Civil Veterinary Department. Madras. Admin. report 1926-33 - 1926-1933
Year: 1926
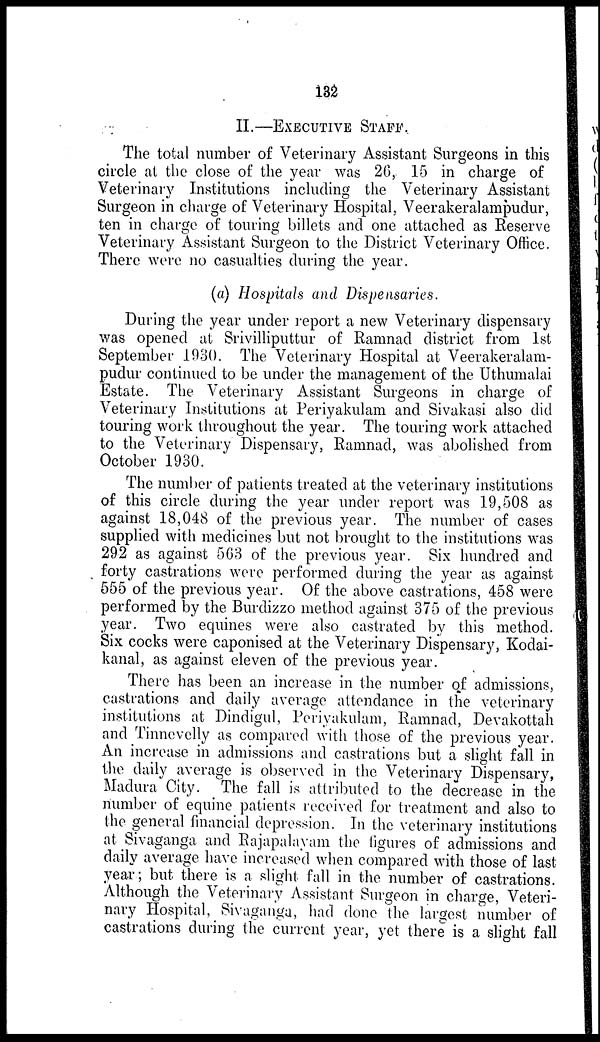
132
II.—EXECUTIVE STAFF.
The total number of Veterinary Assistant Surgeons in this
circle at the close of the year was 26, 15 in charge of
Veterinary Institutions including the Veterinary Assistant
Surgeon in charge of Veterinary Hospital, Veerakeralampudur,
ten in charge of touring billets and one attached as Reserve
Veterinary Assistant Surgeon to the District Veterinary Office.
There were no casualties during the year.
(a) Hospitals and Dispensaries.
During the year under report a new Veterinary dispensary
was opened at Srivilliputtur of Ramnad district from 1st
September 1930. The Veterinary Hospital at Veerakeralam-
pudur continued to be under the management of the Uthumalai
Estate. The Veterinary Assistant Surgeons in charge of
Veterinary Institutions at Periyakulam and Sivakasi also did
touring work throughout the year. The touring work attached
to the Veterinary Dispensary, Ramnad, was abolished from
October 1930.
The number of patients treated at the veterinary institutions
of this circle during the year under report was 19,508 as
against 18,048 of the previous year. The number of cases
supplied with medicines but not brought to the institutions was
292 as against 563 of the previous year. Six hundred and
forty castrations were performed during the year as against
555 of the previous year. Of the above castrations, 458 were
performed by the Burdizzo method against 375 of the previous
year. Two equines were also castrated by this method.
Six cocks were caponised at the Veterinary Dispensary, Kodai-
kanal, as against eleven of the previous year.
There has been an increase in the number of admissions,
castrations and daily average attendance in the veterinary
institutions at Dindigul, Periyakulam, Ramnad, Devakottah
and Tinnevelly as compared with those of the previous year.
An increase in admissions and castrations but a slight fall in
the daily average is observed in the Veterinary Dispensary,
Madura City. The fall is attributed to the decrease in the
number of equine patients received for treatment and also to
the general financial depression. In the veterinary institutions
at Sivaganga and Rajapalayam the figures of admissions and
daily average have increased when compared with those of last
year; but there is a slight fall in the number of castrations.
Although the Veterinary Assistant Surgeon in charge, Veteri-
nary Hospital, Sivaganga, had done the largest number of
castrations during the current year, yet there is a slight fall